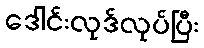
ဒေါင်းလုဒ်လုပ်ပြီး